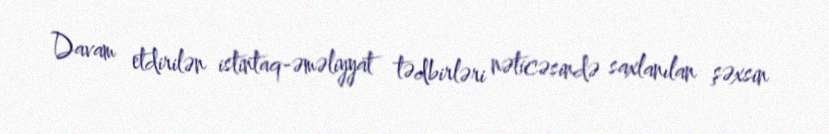
Davam etdirilən istintaq-əməliyyat tədbirləri nəticəsində saxlanılan şəxsin